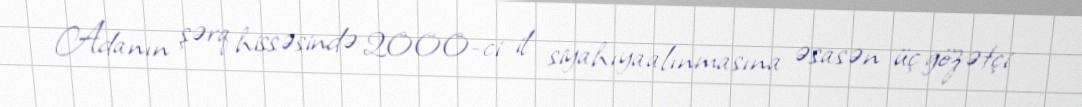
Adanın şərq hissəsində 2000-ci il siyahıyaalınmasına əsasən üç gözətçi